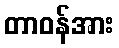
တာဝန်အား